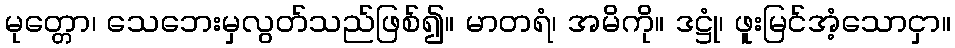
မုတ္တော၊ သေဘေးမှလွတ်သည်ဖြစ်၍။ မာတရံ၊ အမိကို။ ဒဋ္ဌုံ၊ ဖူးမြင်အံ့သောငှာ။